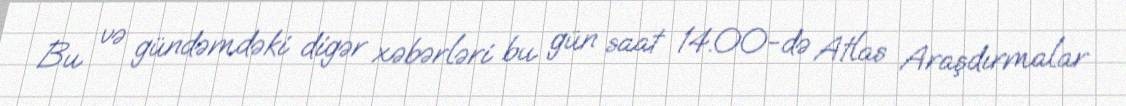
Bu və gündəmdəki digər xəbərləri bu gün saat 14.00-də Atlas Araşdırmalar